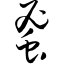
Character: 蜜